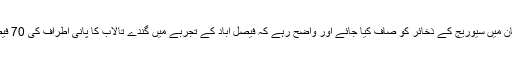
اس ضمن میں ضروری ہے کہ پورے پاکستان میں سیوریج کے ذخائر کو صاف کیا جائے اور واضح رہے کہ فیصل آباد کے تجربے میں گندے تالاب کا پانی اطراف کی 70 فیصد زرعی اراضی میں ہی استعمال ہورہا تھا۔